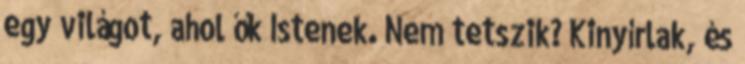
egy világot, ahol ők Istenek. Nem tetszik? Kinyírlak, és